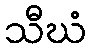
သီဃံ